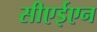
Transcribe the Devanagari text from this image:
सीएईएन